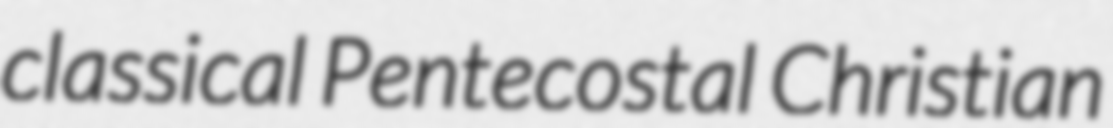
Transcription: classical Pentecostal Christian